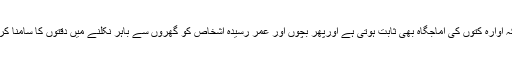
یہی نہیں بلکہ آوارہ کتوں کی آماجگاہ بھی ثابت ہوتی ہے اورپھر بچوں اور عمر رسیدہ اشخاص کو گھروں سے باہر نکلنے میں دقتوں کا سامنا کرنا پڑتا ہے ۔